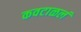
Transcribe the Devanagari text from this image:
कवटाळलं